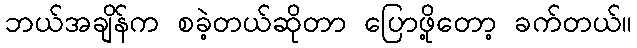
ဘယ်အချိန်က စခဲ့တယ်ဆိုတာ ပြောဖို့တော့ ခက်တယ်။